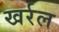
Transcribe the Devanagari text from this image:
खर्रल